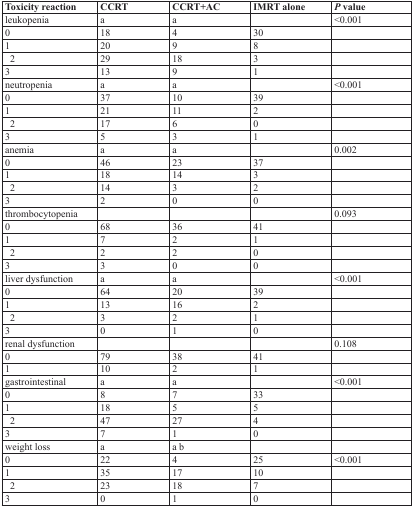
<table><thead><tr><td><b>Toxicity reaction</b></td><td><b>CCRT</b></td><td><b>CCRT+AC</b></td><td><b>IMRT alone</b></td><td><b><i>P</i> value</b></td></tr></thead><tbody><tr><td>leukopenia</td><td>a</td><td>a</td><td></td><td>&lt;0.001</td></tr><tr><td>0</td><td>18</td><td>4</td><td>30</td><td></td></tr><tr><td>1</td><td>20</td><td>9</td><td>8</td><td></td></tr><tr><td> 2</td><td>29</td><td>18</td><td>3</td><td></td></tr><tr><td>3</td><td>13</td><td>9</td><td>1</td><td></td></tr><tr><td>neutropenia</td><td>a</td><td>a</td><td></td><td>&lt;0.001</td></tr><tr><td>0</td><td>37</td><td>10</td><td>39</td><td></td></tr><tr><td>1</td><td>21</td><td>11</td><td>2</td><td></td></tr><tr><td> 2</td><td>17</td><td>6</td><td>0</td><td></td></tr><tr><td>3</td><td>5</td><td>3</td><td>1</td><td></td></tr><tr><td>anemia</td><td>a</td><td>a</td><td></td><td>0.002</td></tr><tr><td>0</td><td>46</td><td>23</td><td>37</td><td></td></tr><tr><td>1</td><td>18</td><td>14</td><td>3</td><td></td></tr><tr><td> 2</td><td>14</td><td>3</td><td>2</td><td></td></tr><tr><td>3</td><td>2</td><td>0</td><td>0</td><td></td></tr><tr><td>thrombocytopenia</td><td></td><td></td><td></td><td>0.093</td></tr><tr><td>0</td><td>68</td><td>36</td><td>41</td><td></td></tr><tr><td>1</td><td>7</td><td>2</td><td>1</td><td></td></tr><tr><td> 2</td><td>2</td><td>2</td><td>0</td><td></td></tr><tr><td>3</td><td>3</td><td>0</td><td>0</td><td></td></tr><tr><td>liver dysfunction</td><td>a</td><td>a</td><td></td><td>&lt;0.001</td></tr><tr><td>0</td><td>64</td><td>20</td><td>39</td><td></td></tr><tr><td>1</td><td>13</td><td>16</td><td>2</td><td></td></tr><tr><td> 2</td><td>3</td><td>2</td><td>1</td><td></td></tr><tr><td>3</td><td>0</td><td>1</td><td>0</td><td></td></tr><tr><td>renal dysfunction</td><td></td><td></td><td></td><td>0.108</td></tr><tr><td>0</td><td>79</td><td>38</td><td>41</td><td></td></tr><tr><td>1</td><td>10</td><td>2</td><td>1</td><td></td></tr><tr><td>gastrointestinal</td><td>a</td><td>a</td><td></td><td>&lt;0.001</td></tr><tr><td>0</td><td>8</td><td>7</td><td>33</td><td></td></tr><tr><td>1</td><td>18</td><td>5</td><td>5</td><td></td></tr><tr><td> 2</td><td>47</td><td>27</td><td>4</td><td></td></tr><tr><td>3</td><td>7</td><td>1</td><td>0</td><td></td></tr><tr><td>weight loss</td><td>a</td><td>a b</td><td></td><td></td></tr><tr><td>0</td><td>22</td><td>4</td><td>25</td><td>&lt;0.001</td></tr><tr><td>1</td><td>35</td><td>17</td><td>10</td><td></td></tr><tr><td> 2</td><td>23</td><td>18</td><td>7</td><td></td></tr><tr><td>3</td><td>0</td><td>1</td><td>0</td><td></td></tr></tbody></table>